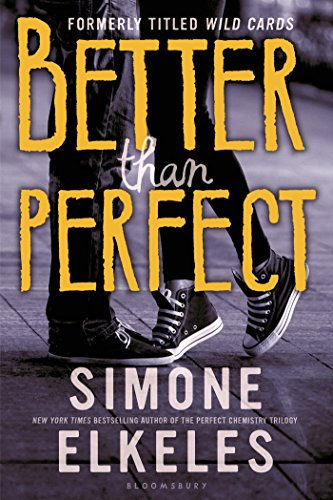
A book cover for Better Than Perfect (Wild Cards); Simone Elkeles; Teen & Young Adult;